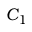
C _ { 1 }